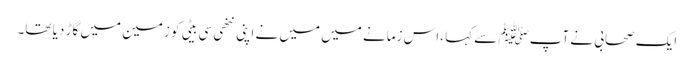
ایک صحابی نے آپﷺ سے کہا ،اس زمانے میں میں نے اپنی ننھی سی بیٹی کو زمین میں گاڑ دیا تھا۔